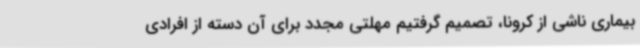
بیماری ناشی از کرونا، تصمیم گرفتیم مهلتی مجدد برای آن دسته از افرادی